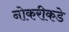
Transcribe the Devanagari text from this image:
नोकरीकडे